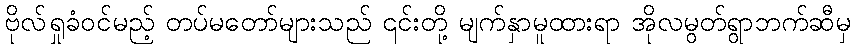
ဗိုလ်ရှုခံဝင်မည့် တပ်မတော်များသည် ၎င်းတို့ မျက်နှာမူထားရာ အိုလမွတ်ရွာဘက်ဆီမှ